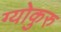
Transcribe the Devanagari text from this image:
ग्योकुरु